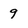
Character: 9